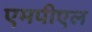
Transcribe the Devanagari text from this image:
एमपीएल